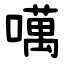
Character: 噧